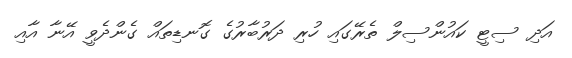
އަދި ސިޓީ ކައުންސިލް ތެރޭގައި ހުރި ދަރުބާރުގެ ގޮނޑިތައް ގެންދެވީ އޭނާ އާއި